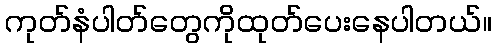
ကုတ်နံပါတ်တွေကိုထုတ်ပေးနေပါတယ်။